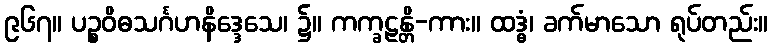
၉၆၇။ ပဉ္စဝိဓသင်္ဂဟနိဒ္ဒေသေ၊ ၌။ ကက္ခဠန္တိ-ကား။ ထဒ္ဓံ၊ ခက်မာသော ရုပ်တည်း။